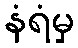
နံရံမှ